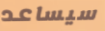
سيساعد